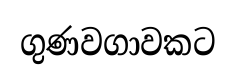
ගුණවගාවකට